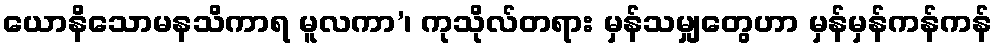
ယောနိသောမနသိကာရ မူလကာ’၊ ကုသိုလ်တရား မှန်သမျှတွေဟာ မှန်မှန်ကန်ကန်